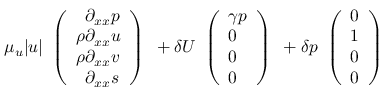
\mu _ { u } | u | \begin{array} { l } { \left( \begin{array} { l } { \phantom { \rho } \partial _ { x x } p } \\ { \rho \partial _ { x x } u } \\ { \rho \partial _ { x x } v } \\ { \phantom { \rho } \partial _ { x x } s } \end{array} \right) } \end{array} + \delta U \begin{array} { l } { \left( \begin{array} { l } { \gamma p } \\ { 0 } \\ { 0 } \\ { 0 } \end{array} \right) } \end{array} + \delta p \begin{array} { l } { \left( \begin{array} { l } { 0 } \\ { 1 } \\ { 0 } \\ { 0 } \end{array} \right) } \end{array}